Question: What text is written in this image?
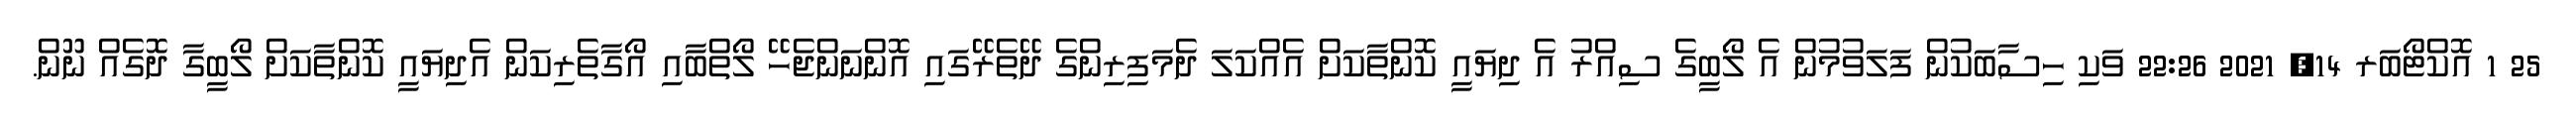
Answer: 25 1 އޮކްޓޯބަރ 14, 2021 22:26 ވަކި ހިސާބަކުން ފަލަވުމުން އެ ލޯބީގެ ސިއްރު އެ ދިޔައީ ކޮންތާކަށް އެއްކަލަ ދެމަފިރިންގެ ދޭތެރޭގައި އޮންނަންޖެހޭ ލޯތްބާއި އޯގާތެރިކަން އެދިޔައީ ކޮންތާކަށް ލޯބީގާ ދޮގެއް ނޫން.